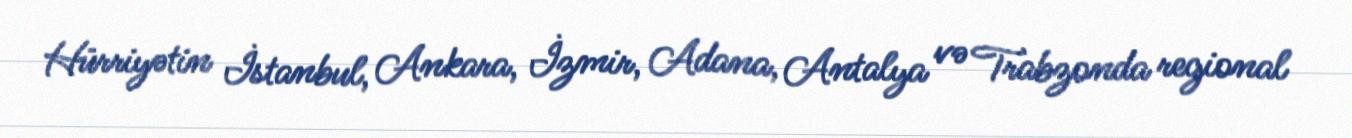
Hürriyətin İstanbul, Ankara, İzmir, Adana, Antalya və Trabzonda regional